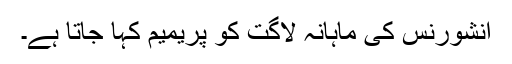
انشورنس کی ماہانہ لاگت کو پریمیم کہا جاتا ہے۔